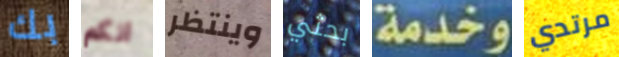
بك انكم وينتظر بحثي وخدمة مرتدي